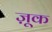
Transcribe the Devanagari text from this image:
ज़ूक